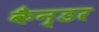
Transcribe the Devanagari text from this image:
कैन्डर